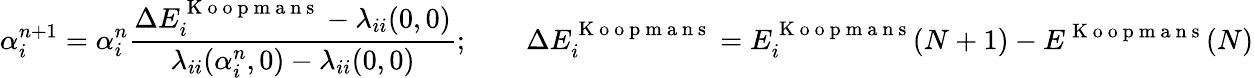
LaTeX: \alpha_{i}^{n+1}=\alpha_{i}^{n}\frac{\Delta E_{i}^{\mathrm{~K~o~o~p~m~a~n~s~}}-\lambda_{ii}(0,0)}{\lambda_{ii}(\alpha_{i}^{n},0)-\lambda_{ii}(0,0)};\qquad\Delta E_{i}^{\mathrm{~K~o~o~p~m~a~n~s~}}=E_{i}^{\mathrm{~K~o~o~p~m~a~n~s~}}(N+1)-E^{\mathrm{~K~o~o~p~m~a~n~s~}}(N)